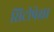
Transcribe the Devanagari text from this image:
सिटीपेक्षा